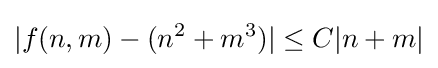
|f(n,m)-(n^{2}+m^{3})|\leq C|n+m|